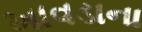
ખાવડાના